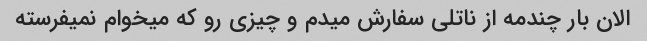
الان بار چندمه از ناتلی سفارش میدم و چیزی رو که میخوام نمیفرسته